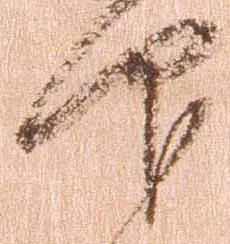
仰